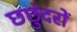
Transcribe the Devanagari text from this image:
छछुंदरों